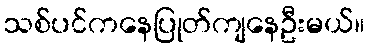
သစ်ပင်ကနေပြုတ်ကျနေဦးမယ်။